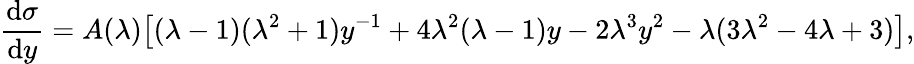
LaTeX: \frac{\mathrm{d}\sigma}{\mathrm{d}y}=A(\lambda)\displaystyle{\left[(\lambda-1)(\lambda^{2}+1)y^{-1}+4\lambda^{2}(\lambda-1)y-2\lambda^{3}y^{2}-\lambda(3\lambda^{2}-4\lambda+3)\right]},